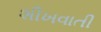
શીખવાતી